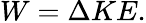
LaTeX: W=\Delta KE.